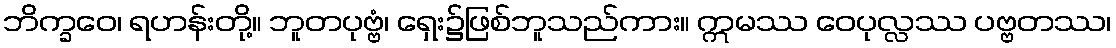
ဘိက္ခဝေ၊ ရဟန်းတို့။ ဘူတပုဗ္ဗံ၊ ရှေး၌ဖြစ်ဘူသည်ကား။ ဣမဿ ဝေပုလ္လဿ ပဗ္ဗတဿ၊